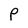
Character: P